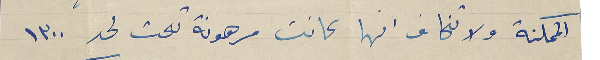
الممكنة ولا تخاف انها كانت مرهونة تحت لحد ١٣٠٠